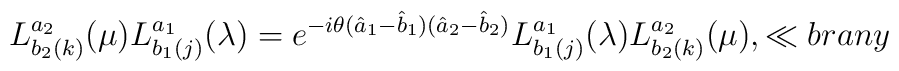
L_{b_2(k)}^{a_2}(\mu) L_{b_1( j)}^{a_1}(\lambda)= e^{-i \theta (\hat a_1- \hat b_1)(\hat a_2- \hat b_2)}  L_{b_1( j)}^{a_1}(\lambda) L_{b_2(k)}^{a_2}(\mu),\ll{brany}